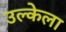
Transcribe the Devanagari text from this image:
उल्केला